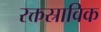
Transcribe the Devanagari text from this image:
रक्तस्राविक